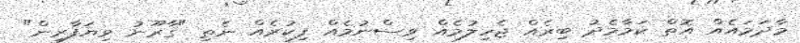
މާދަމައެއް އޮތް ކަމާމެދު ބިރެއް ޖެހިލުމެއް ވިސްނުމެއް ފިކުރެއް ނެތި "ގާރޫނު ވިޔަފާރިން"